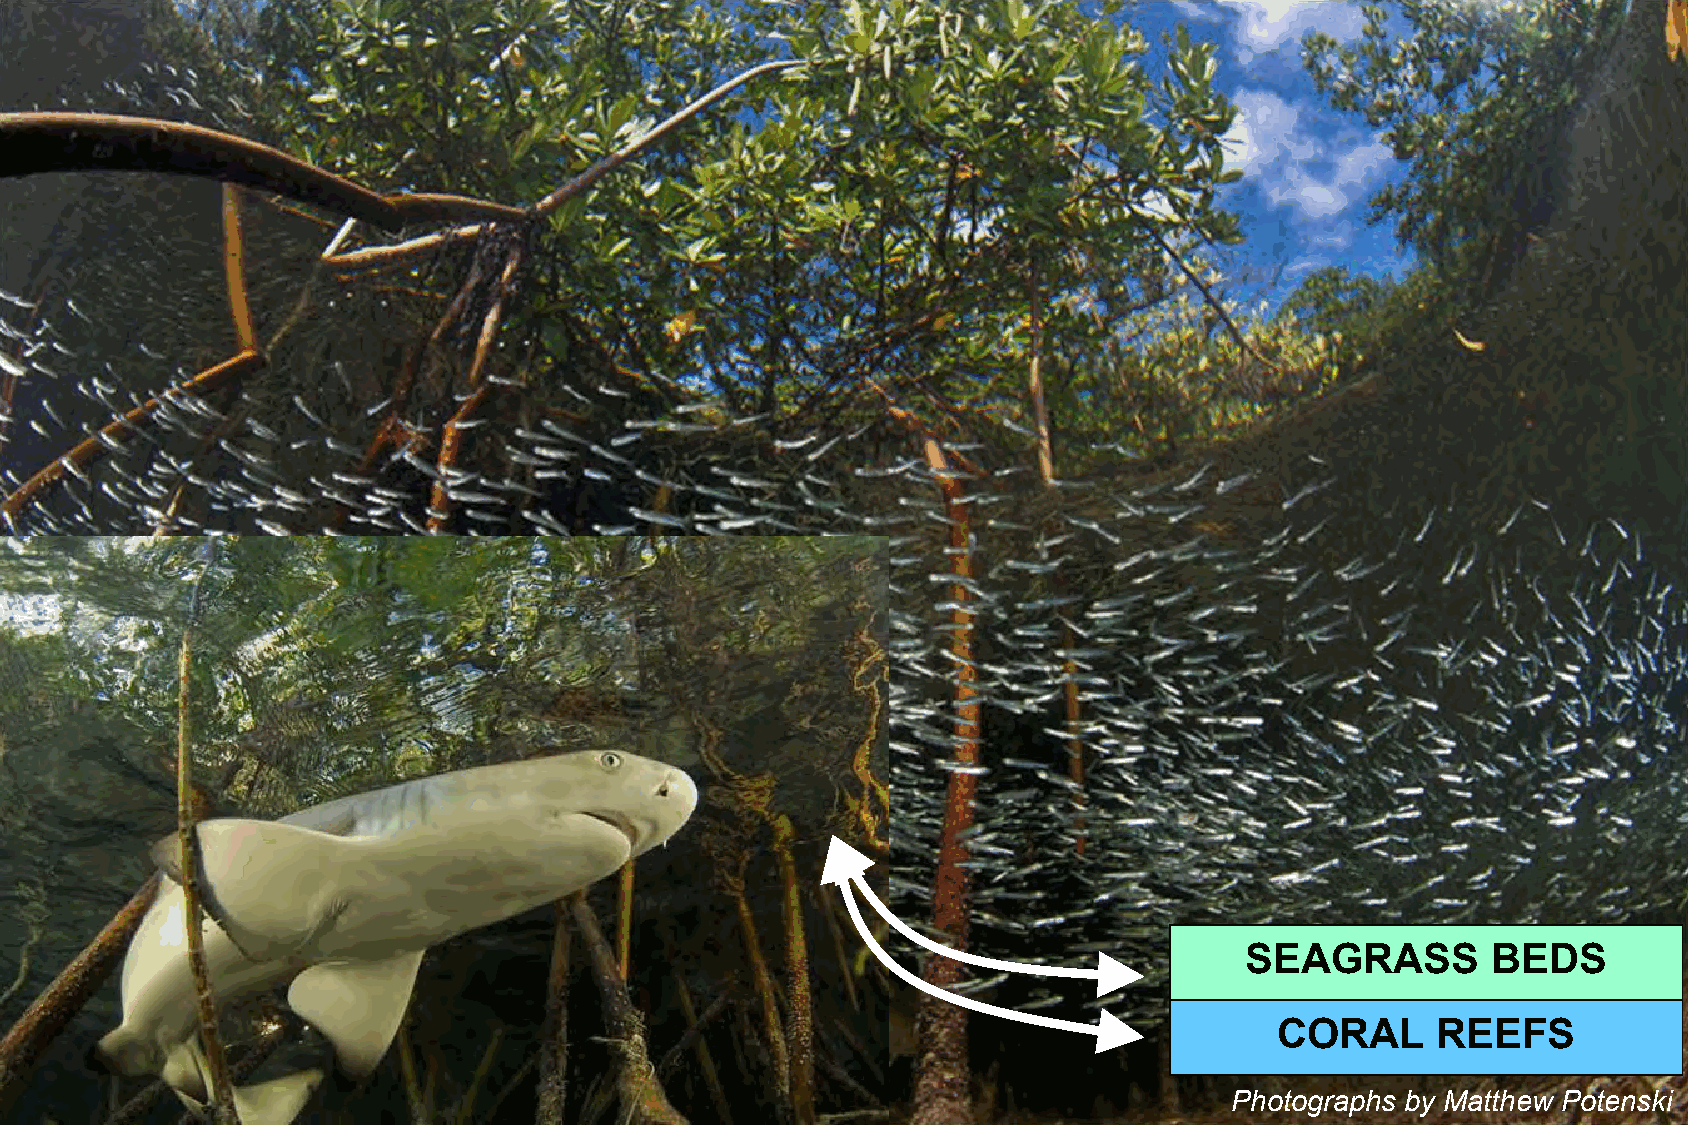
Mangrove                 fauna          :  fishes
 SEAGRASS         BEDS
 CORAL     REEFS
 Photographs by Matthew Potenski